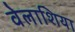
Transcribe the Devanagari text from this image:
वेलाशिया